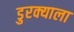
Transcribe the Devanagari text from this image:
डुरक्याला